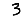
Digit: 3